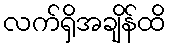
လက်ရှိအချိန်ထိ